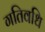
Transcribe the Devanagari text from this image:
गतिवधि